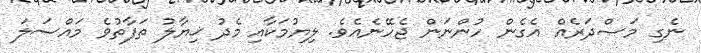
ނެގި މަޞްދަރެއް އެގެން ހުންނަން ޖެހޭނެއެވެ. ލިޔުމަކާއި މެދު ޚިޔާލު ތަފާތުވެ މައްސަލަ